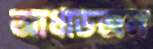
আধাডজন